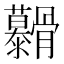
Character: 𮪷